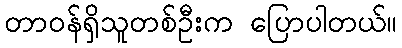
တာဝန်ရှိသူတစ်ဦးက ပြောပါတယ်။